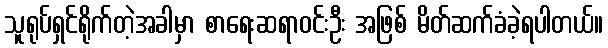
သူရုပ်ရှင်ရိုက်တဲ့အခါမှာ စာရေးဆရာဝင်းဦး အဖြစ် မိတ်ဆက်ခံခဲ့ရပါတယ်။